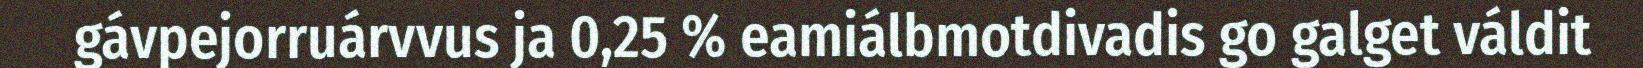
gávpejorruárvvus ja 0,25 % eamiálbmotdivadis go galget váldit